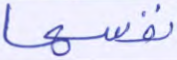
نفسها